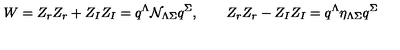
W = Z _ { r } Z _ { r } + Z _ { I } Z _ { I } = q ^ { \Lambda } \mathcal { N } _ { \Lambda \Sigma } q ^ { \Sigma } , \qquad Z _ { r } Z _ { r } - Z _ { I } Z _ { I } = q ^ { \Lambda } \eta _ { \Lambda \Sigma } q ^ { \Sigma }